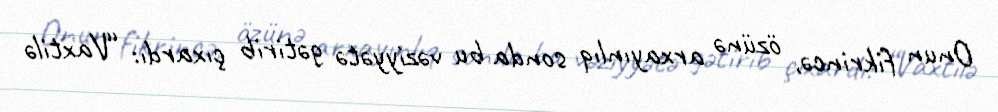
Onun fikrincə, özünə arxayınlıq sonda bu vəziyyətə gətirib çıxardı: “Vaxtilə